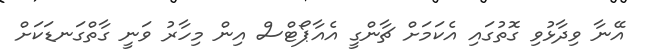
އޭނާ ވިދާޅުވި ގޮތުގައި އެކަމަށް ޗާންގީ އެއާޕޯޓްސް އިން މިހާރު ވަނީ ގާތްގަނޑަކަށް